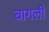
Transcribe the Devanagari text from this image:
बागली